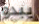
يبدو